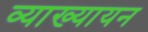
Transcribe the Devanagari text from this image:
व्याख्यायन